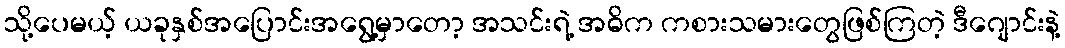
သို့ပေမယ့် ယခုနှစ်အပြောင်းအရွေ့မှာတော့ အသင်းရဲ့ အဓိက ကစားသမားတွေဖြစ်ကြတဲ့ ဒီဂျောင်းနဲ့